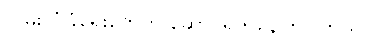
လမ်းလုံခြုံရေးတွေကို ဆောင်ရွက်နေကြပါတယ်။